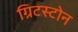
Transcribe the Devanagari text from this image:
ग्रिटस्टोन